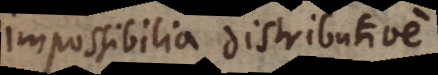
impossibilia distributive